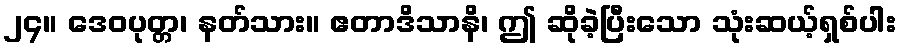
၂၄။ ဒေဝပုတ္တ၊ နတ်သား။ ဧတာဒိသာနိ၊ ဤ ဆိုခဲ့ပြီးသော သုံးဆယ့်ရှစ်ပါး